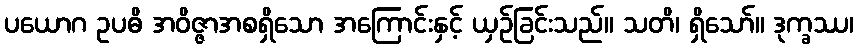
ပယောဂ ဥပဓိ အဝိဇ္ဇာအစရှိသော အကြောင်းနှင့် ယှဉ်ခြင်းသည်။ သတိ၊ ရှိသော်။ ဒုက္ခဿ၊